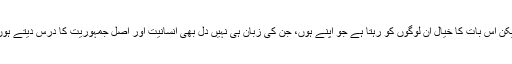
لیکن اس بات کا خیال ان لوگوں کو رہتا ہے جو اپنے ہوں، جن کی زبان ہی نہیں دل بھی انسانیت اور اصل جمہوریت کا درس دیتے ہوں۔